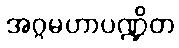
အဂ္ဂမဟာပဏ္ဍိတ